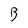
Character: B